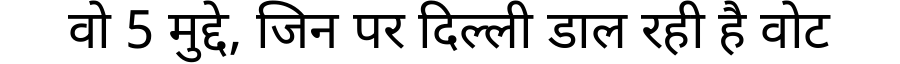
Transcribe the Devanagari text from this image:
वो 5 मुद्दे, जिन पर दिल्ली डाल रही है वोट